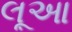
લૂઆ